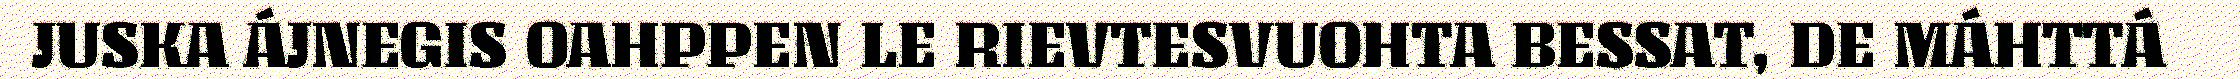
JUSKA ÁJNEGIS OAHPPEN LE RIEVTESVUOHTA BESSAT, DE MÁHTTÁ